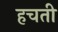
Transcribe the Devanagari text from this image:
हचती